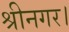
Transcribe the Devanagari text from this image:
श्रीनगर।